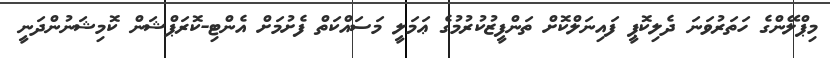
މިޕްލޭންގެ ހަތަރުވަނަ ދެލިކޮޕީ ފައިނަލްކޮށް ތަންފީޒުކުރުމުގެ ޢަމަލީ މަސައްކަތް ފެށުމަށް އެންޓި-ކޮރަޕްޝަން ކޮމިޝަނުންދަނީ